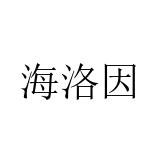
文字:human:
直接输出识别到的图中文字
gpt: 海洛因